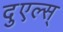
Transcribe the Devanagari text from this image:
दुएल्स्